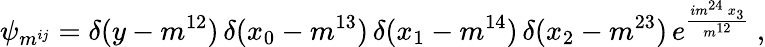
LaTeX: \psi_{m^{ij}}=\delta(y-m^{12})\, \delta(x_{0}-m^{13})\, \delta(x_{1}-m^{14})\, \delta(x_{2}-m^{23})\, e^{\frac{im^{24}\, x_{3}}{m^{12}}}\ ,